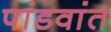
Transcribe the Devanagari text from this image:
पांडवांत